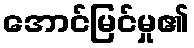
အောင်မြင်မှု၏